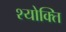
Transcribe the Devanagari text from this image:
श्योक्ति